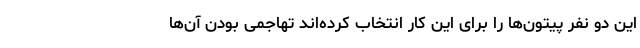
این دو نفر پیتون‌ها را برای این کار انتخاب کرده‌اند تهاجمی بودن آن‌ها